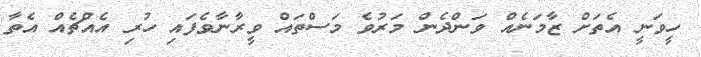
ހީވަނީ އެތަށް ޒާމަނެއް ވަންދެން މަރުވެ މަސްތައް ވީރާނާވެފައި ހުރި އެއްޗެއް އެތާ